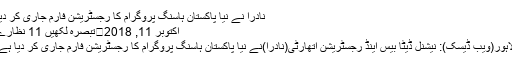
نادرا نے نیا پاکستان ہاسنگ پروگرام کا رجسٹریشن فارم جاری کر دیا
اکتوبر 11, 2018	تبصرہ لکھیں 11 نظارے
لاہور(ویب ڈیسک): نیشنل ڈیٹا بیس اینڈ رجسٹریشن اتھارٹی(نادرا)نے نیا پاکستان ہاسنگ پروگرام کا رجسٹریشن فارم جاری کر دیا ہے۔